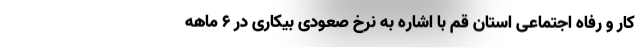
کار و رفاه اجتماعی استان قم با اشاره به نرخ صعودی بیکاری در ۶ ماهه